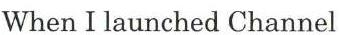
When I launched Channel